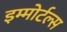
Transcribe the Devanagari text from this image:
इम्मोर्टल्स